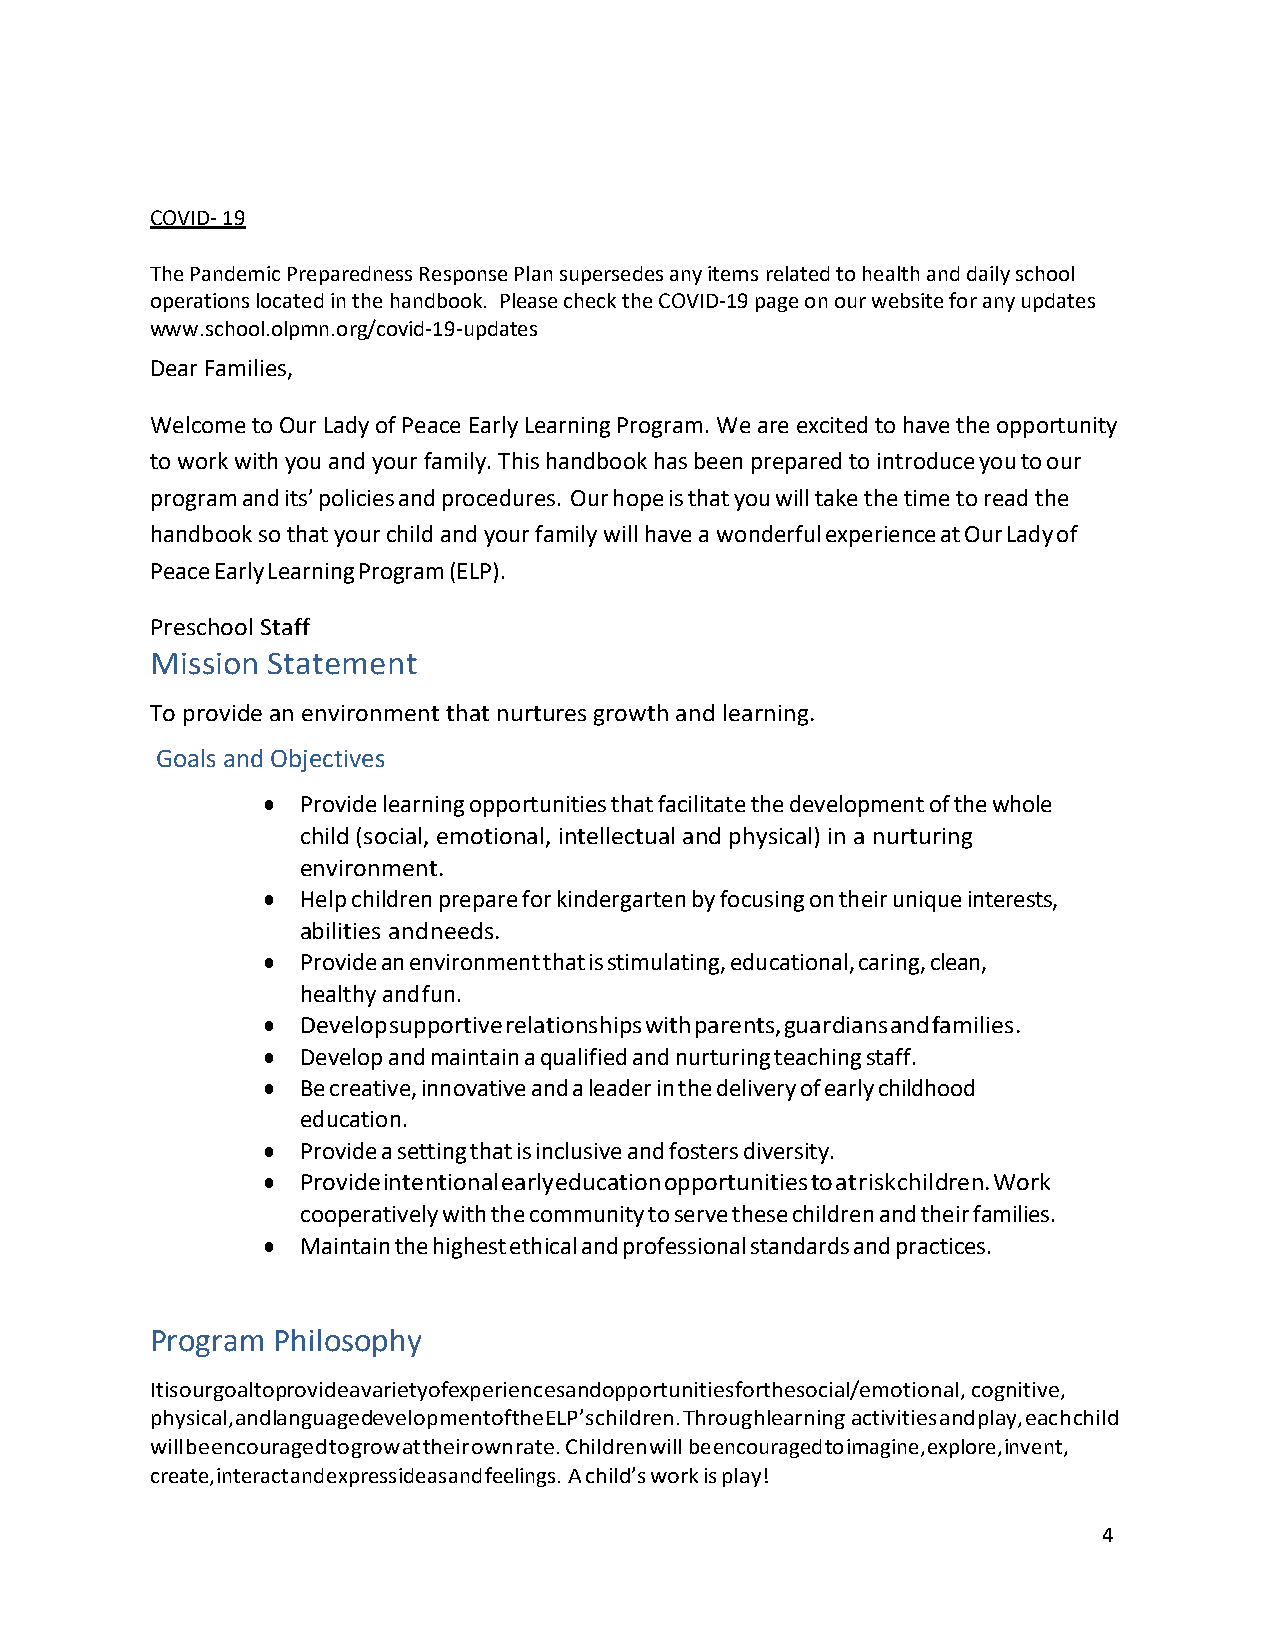
COVID- 19
 The Pandemic Preparedness Response Plan supersedes any items related to health and daily school
 operations located in the handbook. Please check the COVID-19 page on our website for any updates
 www.school.olpmn.org/covid-19-updates
 Dear Families,
 Welcome to Our Lady of Peace Early Learning Program. We are excited to have the opportunity
 to work with you and your family. This handbook has been prepared to introduce you to our
 program and its’ policies and procedures. Our hope is that you will take the time to read the
 handbook so that your child and your family will have a wonderful experience at Our Lady of
 Peace Early Learning Program (ELP).
 Preschool Staff
 Mission Statement
 To provide an environment that nurtures growth and learning.
 Goals and Objectives
 ●  Provide learning opportunities that facilitate the development of the whole
 child (social, emotional, intellectual and physical) in a nurturing
 environment.
 ●  Help children prepare for kindergarten by focusing on their unique interests,
 abilities and needs.
 ●  Provide an environment that is stimulating, educational, caring, clean,
 healthy and fun.
 ●  Develop supportive relationships with parents, guardians and families.
 ●  Develop and maintain a qualified and nurturing teaching staff.
 ●  Be creative, innovative and a leader in the delivery of early childhood
 education.
 ●  Provide a setting that is inclusive and fosters diversity.
 ●  Provide intentional early education opportunities to at risk children. Work
 cooperatively with the community to serve these children and their families.
 ●  Maintain the highest ethical and professional standards and practices.
 Program Philosophy
 Iti s our goal to provide a varietyo f experiences and opportunities for the social/emotional, cognitive,
 physical, and language development of the ELP’s children. Through learning activities and play, each child
 will be encouraged to grow at their own rate. Children will be encouraged to imagine, explore, invent,
 create, interact and express ideas and feelings. A child’s work is play!
 4